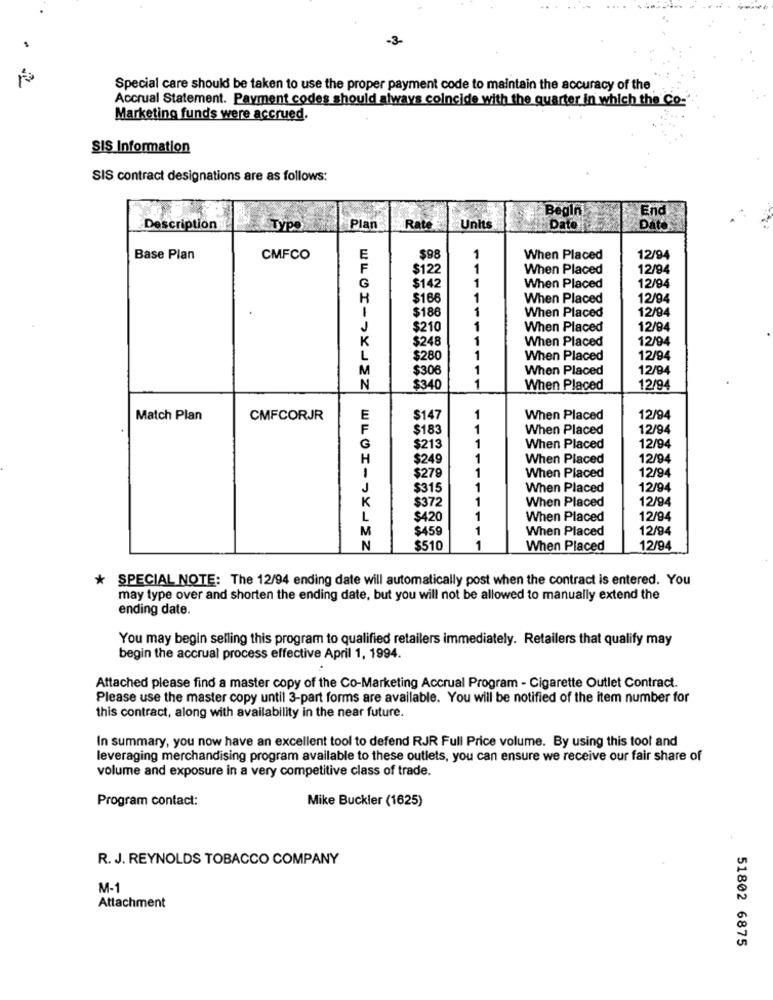
-3-
Special care should be taken to use the proper payment code to maintain the accuracy of the
Accrual Statement. Payment codes should always coincide with the quarter in which the Co-
Marketing funds were accrued.
SIS Information
SIS contract designations are as follows:
Begin
End
Description
Type
Plan
Rate
Units
Date
Date
Base Plan
CMFCO
E
$98
1
When Placed
12/94
F
$122
1
When Placed
12/94
$142
1
G
When Placed
12/94
H
$166
1
When Placed
12/94
$186
1
When Placed
12/94
J
$210
1
When Placed
12/94
K
$248
1
When Placed
12/94
$280
1
When Placed
12/94
M
$306
1
When Placed
12/94
N
$340
1
When Placed
12/94
Match Plan
CMFCORJR
E
$147
1
When Placed
12/94
$183
1
When Placed
12/94
G
$213
1
When Placed
12/94
H
$249
When Placed
12/94
$279
1
12/94
When Placed
J
$315
1
When Placed
12/94
K
$372
1
12/94
When Placed
L
$420
1
When Placed
12/94
M
$459
1
When Placed
12/94
N
$510
1
When Placed
12/94
* SPECIAL NOTE: The 12/94 ending date will automatically post when the contract is entered. You
may type over and shorten the ending date, but you will not be allowed to manually extend the
ending date.
You may begin selling this program to qualified retailers immediately. Retailers that qualify may
begin the accrual process effective April 1, 1994.
Attached please find a master copy of the Co-Marketing Accrual Program - Cigarette Outlet Contract.
Please use the master copy until 3-part forms are available. You will be notified of the item number for
this contract, along with availability in the near future.
In summary, you now have an excellent tool to defend RJR Full Price volume. By using this tool and
leveraging merchandising program available to these outlets, you can ensure we receive our fair share of
volume and exposure in a very competitive class of trade.
Program contact:
Mike Buckler (1625)
R. J. REYNOLDS TOBACCO COMPANY
M-1
Attachment
51802 6875